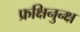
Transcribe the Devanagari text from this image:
फ्रक्षिनुन्क्ष